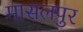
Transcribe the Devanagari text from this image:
मासलपुर